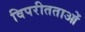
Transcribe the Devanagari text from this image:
विपरीतताओं